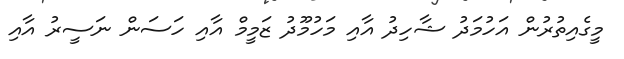
މީގެއިތުރުން އަހުމަދު ޝާހިދު އާއި މަހުމޫދު ޒަމީމް އާއި ހަސަން ނަސީރު އާއި